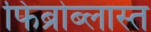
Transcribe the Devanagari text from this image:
फिब्रोब्लास्त